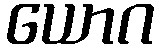
ယောဂ